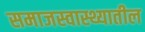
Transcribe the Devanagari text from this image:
समाजस्वास्थ्यातील